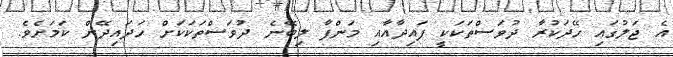
އެ ޖަލުގައި ހޭދަކުރާ ދުވަސްތަކަކީ ފައިދާއާއި މަންފާ ލިބޭނެ ދުވަސްތަކަކަށް ހަދައިދޭން ކަމަށެވެ.